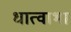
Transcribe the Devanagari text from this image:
धात्वाभा